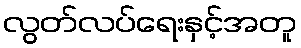
လွတ်လပ်ရေးနှင့်အတူ